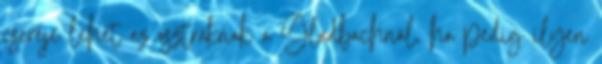
cseréje lehet az osztráknak a Gladbachnál, ha pedig ilyen